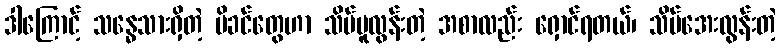
ဒါကြောင့် သန္ဓေသားရှိတဲ့ မိခင်တွေဟာ သိပ်ပူလွန်းတဲ့ အစာလည်း ရှောင်ရတယ်၊ သိပ်အေးလွန်းတဲ့